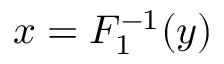
x = F _ { 1 } ^ { - 1 } ( y )